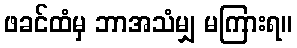
ဖခင်ထံမှ ဘာအသံမျှ မကြားရ။